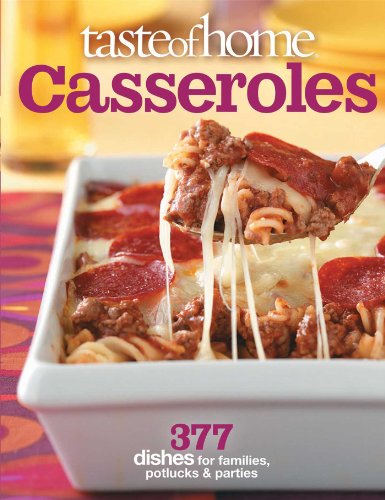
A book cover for Taste of Home: Casseroles: 377 Dishes for Families, Potlucks & Parties; Taste of Home; Cookbooks, Food & Wine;